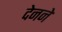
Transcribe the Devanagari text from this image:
देनने